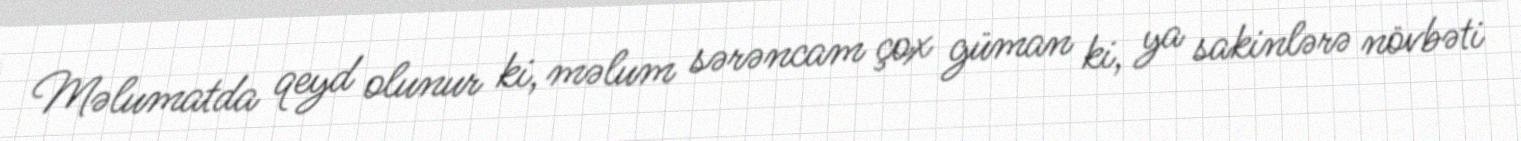
Məlumatda qeyd olunur ki, məlum sərəncam çox güman ki, ya sakinlərə növbəti